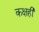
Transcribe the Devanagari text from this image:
कक्षही